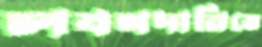
লবণদানিতে